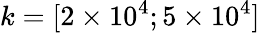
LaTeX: k=[2\times 10^{4};5\times 10^{4}]